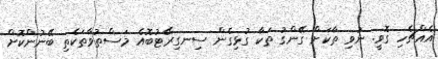
އެއްޗެހި ގޮވީ. ނުވި ތާކަށް ގޭންގު ތަކާ ގުޅިގެން ސިނގިރޭޓުބޮއެ މަސްތުވާތަކެތި ބޭނުންކޮށް